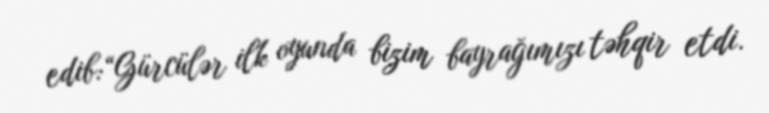
edib:“Gürcülər ilk oyunda bizim bayrağımızı təhqir etdi.